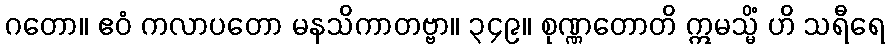
ဂတော။ ဧဝံ ကလာပတော မနသိကာတဗ္ဗာ။ ၃၄၉။ စုဏ္ဏတောတိ ဣမသ္မိံ ဟိ သရီရေ